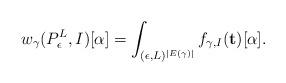
LaTeX: \begin{align*} w_\gamma(P_\epsilon^L, I)[\alpha] = \int_{(\epsilon, L)^{|E(\gamma)|}} f_{\gamma, I}(\mathbf{t})[\alpha].\end{align*}